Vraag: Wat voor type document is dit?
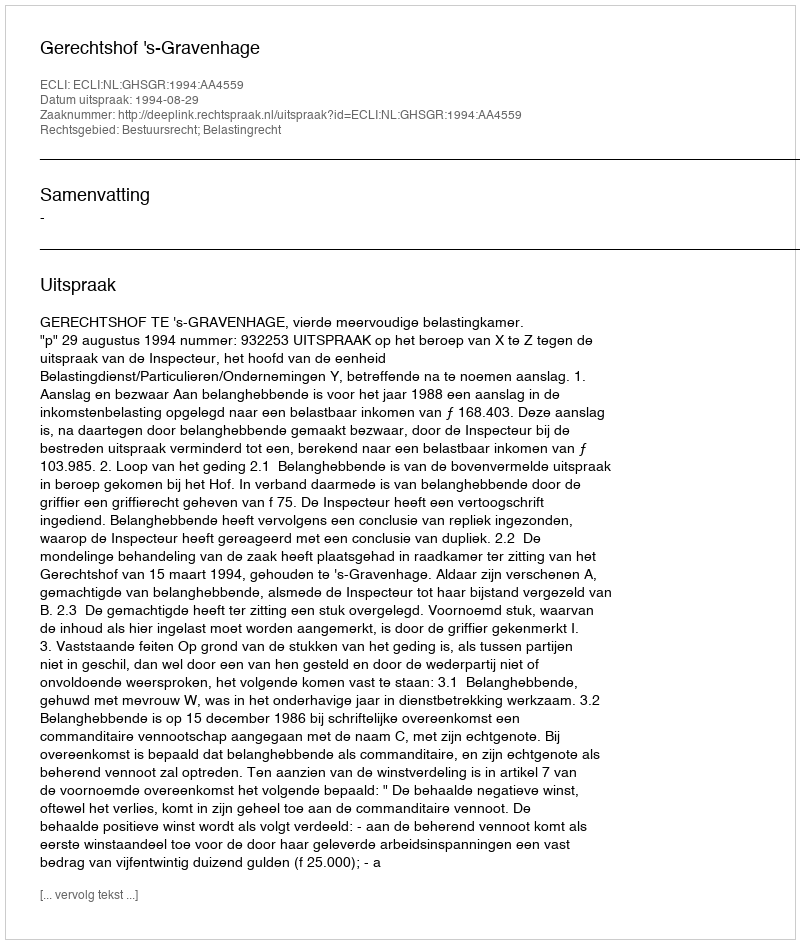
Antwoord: Uitspraak